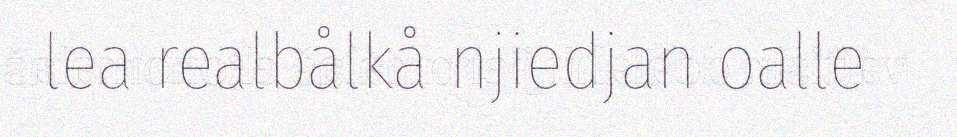
lea realbålkå njiedjan oalle